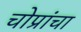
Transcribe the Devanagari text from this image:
चोप्रांचा